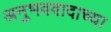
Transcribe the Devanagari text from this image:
अनुभववादाच्या